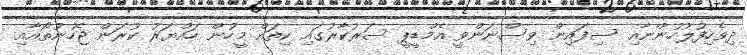
ދިވެހިފުލުހުންނާއި ސިފައިން ވިސްނަންވީ އެމްޑީޕީ ސަރުކާރުގައި ކިތައް މީހުން ހައްޔަރު ކުރަން ޖެހުނުތޯއާއި